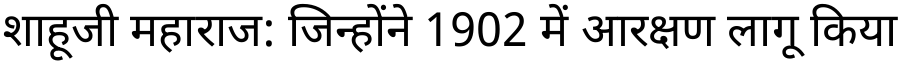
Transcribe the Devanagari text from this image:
शाहूजी महाराज: जिन्होंने 1902 में आरक्षण लागू किया